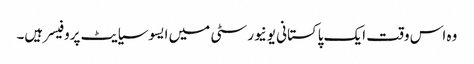
وہ اس وقت ایک پاکستانی یونیورسٹی میں ایسوسیایٹ پروفیسر ہیں۔